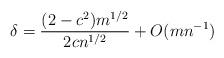
LaTeX: \begin{align*} \delta = \frac{(2-c^2)m^{1/2}}{2c n^{1/2}} + O(m n^{-1})\end{align*}